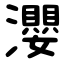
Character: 瀴